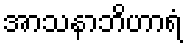
အာသနာဘိဟာရံ